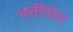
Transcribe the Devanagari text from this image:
भक्तीयेग